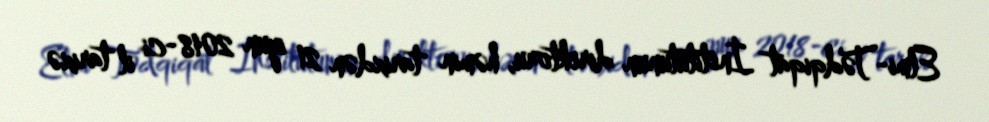
Elmi-Tədqiqat İnstitutunun direktoru, həmin tarixdən 21 iyun 2018-ci il tarixə